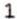
1